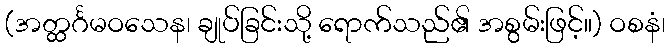
(အတ္ထင်္ဂမဝသေန၊ ချုပ်ခြင်းသို့ ရောက်သည်၏ အစွမ်းဖြင့်။) ဝစနံ၊